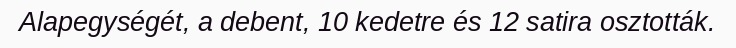
Alapegységét, a debent, 10 kedetre és 12 satira osztották.